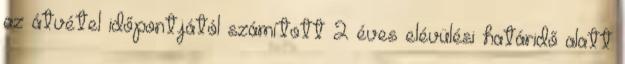
az átvétel időpontjától számított 2 éves elévülési határidő alatt